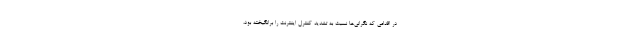
در اقدامی که نگرانی‌ها نسبت به تشدید کنترل اینترنت را برانگیخته بود،